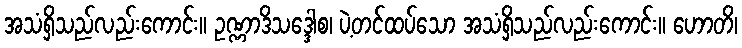
အသံရှိသည်လည်းကောင်း။ ဥဏ္ဏာဒိသဒ္ဒေါစ၊ ပဲ့တင်ထပ်သော အသံရှိသည်လည်းကောင်း။ ဟောတိ၊